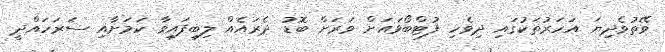
ވޭތުވެދިޔަ އަހަރުތަކުގައި ދިވެހި ފުޓްބޯޅައަށް ވަރަށް ބޮޑު ދެރައެއް ލިބިފައިވާ ކަމަށާއި ސަރަހައްދީ